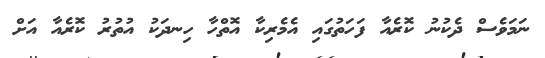
ނަމަވެސް ދެކުނު ކޮރެއާ ފަހަތުގައި އެމެރިކާ އޮތްހާ ހިނދަކު އުތުރު ކޮރެއާ އަށް